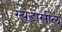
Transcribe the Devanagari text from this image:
स्यूडोसील